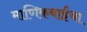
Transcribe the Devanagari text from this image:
माणिकबाईंचा